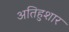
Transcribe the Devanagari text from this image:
अतिहुशार